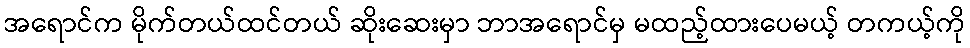
အရောင်က မိုက်တယ်ထင်တယ် ဆိုးဆေးမှာ ဘာအရောင်မှ မထည့်ထားပေမယ့် တကယ့်ကို